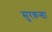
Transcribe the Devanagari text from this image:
सुरकन्डा